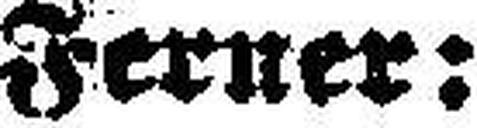
Ferner: